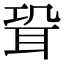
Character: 𦕓